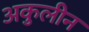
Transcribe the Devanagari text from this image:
अकुलीन